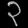
Digit: ၃